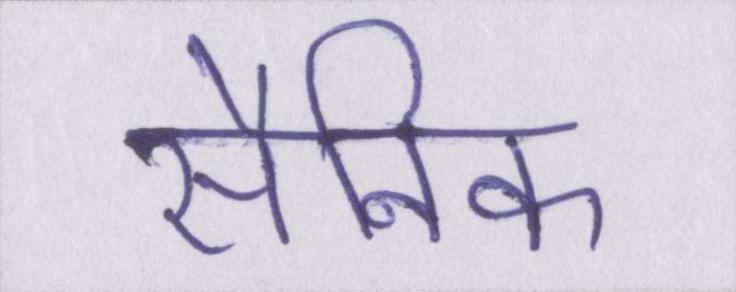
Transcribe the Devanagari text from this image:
सैनिक